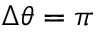
\Delta \theta = \pi